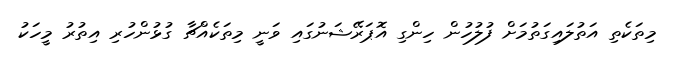
މިތަކެތި އަތުލައިގަތުމަށް ފުލުހުން ހިންގި އޮޕަރޭޝަނުގައި ވަނީ މިތަކެއްޗާ ގުޅުންހުރި އިތުރު މީހަކު